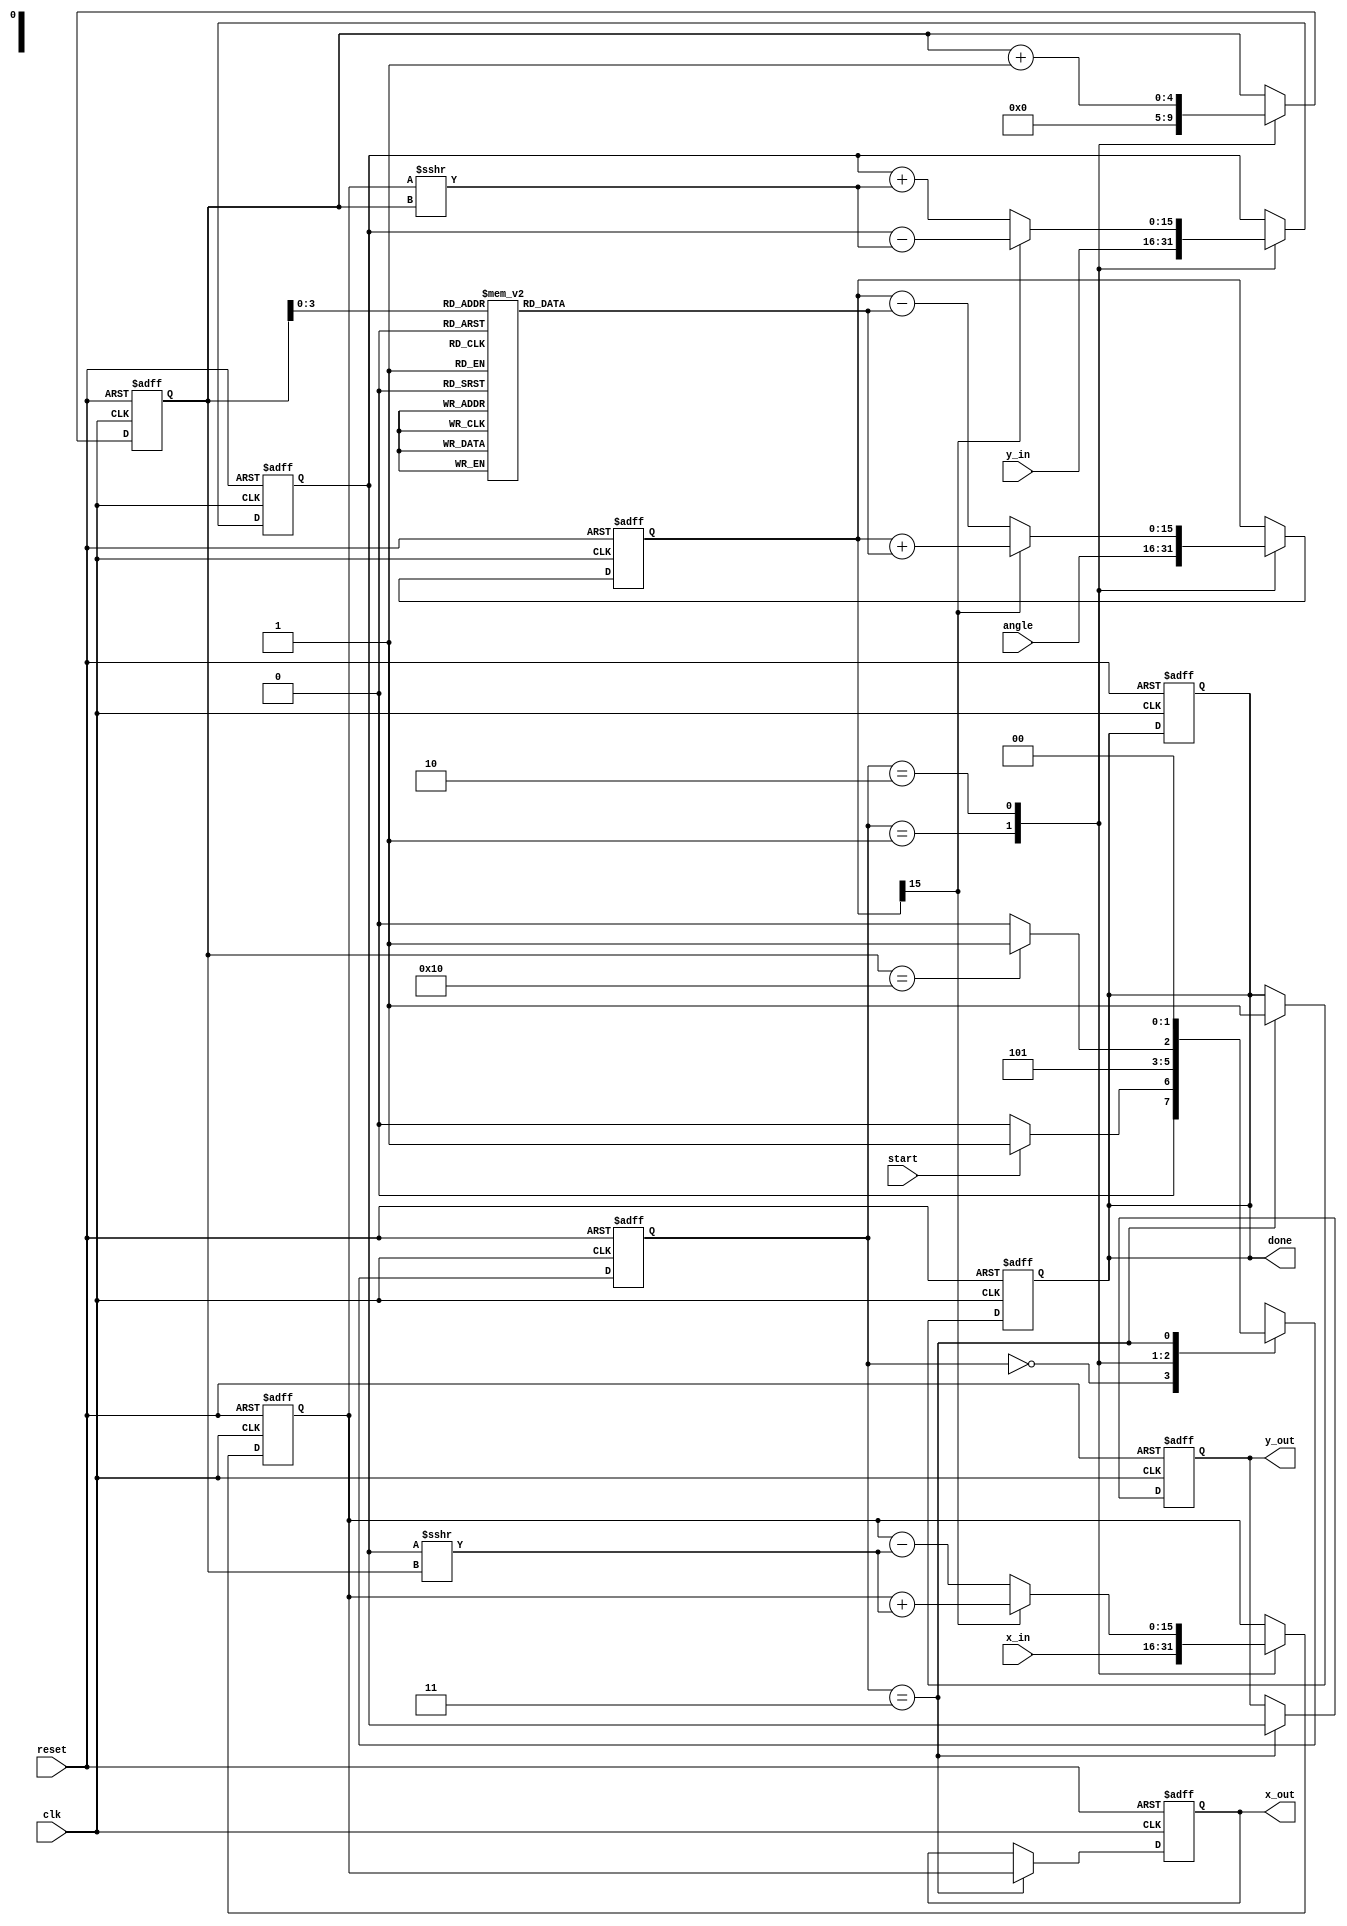
module CORDIC_Rotation #(
    parameter N = 16,                // Number of iterations
    parameter DATA_WIDTH = 16,       // Data width
    parameter ANGLE_WIDTH = DATA_WIDTH // Width for angle values
) (
    input wire clk,
    input wire reset,
    input wire [ANGLE_WIDTH-1:0] angle, // Input angle (fixed-point in radians)
    input wire [DATA_WIDTH-1:0] x_in,   // Initial x vector
    input wire [DATA_WIDTH-1:0] y_in,   // Initial y vector
    input wire start,
    output reg [DATA_WIDTH-1:0] x_out,  // Output x (cosine)
    output reg [DATA_WIDTH-1:0] y_out,  // Output y (sine)
    output reg done                     // Indicates completion
);

    // Internal registers
    reg [ANGLE_WIDTH-1:0] theta;
    reg [DATA_WIDTH-1:0] x_reg, y_reg;
    reg [4:0] iteration;                // Counter for iterations

    // Pre-computed arctangent values (atan(2^-i) for i = 0 to N-1)
    reg [ANGLE_WIDTH-1:0] atan_lut [0:N-1];
    initial begin
        // Initialize the pre-computed arctangent values
        // These values must be scaled for fixed-point representation
        atan_lut[0] = 16'h0000; // atan(1) = 0
        atan_lut[1] = 16'h26DD; // atan(0.5) = pi/6 in fixed-point
        atan_lut[2] = 16'h1C71; // atan(0.25) = pi/12 in fixed-point
        // ... Populate LUT for other values
        atan_lut[3] = 16'h14B5; // atan(0.125) (Example value)
        // Continue filling in the rest of the LUT for your precision
    end

    // Control FSM States
    localparam IDLE = 2'b00, INIT = 2'b01, RUN = 2'b10, DONE = 2'b11;
    reg [1:0] state, next_state;

    // FSM Implementation
    always @(posedge clk or posedge reset) begin
        if (reset) begin
            state <= IDLE;
            done <= 0;
        end else begin
            state <= next_state;
        end
    end

    // State transitions
    always @(*) begin
        case (state)
            IDLE: begin
                if (start) next_state = INIT;
                else next_state = IDLE;
            end
            INIT: next_state = RUN; // Go to RUN state after initialization
            RUN: begin
                if (iteration == N) next_state = DONE;
                else next_state = RUN;
            end
            DONE: next_state = IDLE; // Go back to IDLE after completion
            default: next_state = IDLE;
        endcase
    end

    // Process control
    always @(posedge clk or posedge reset) begin
        if (reset) begin
            x_reg <= 0;
            y_reg <= 0;
            theta <= 0;
            iteration <= 0;
            x_out <= 0;
            y_out <= 0;
            done <= 0;
        end else begin
            case (state)
                INIT: begin
                    // Initialize registers
                    x_reg <= x_in;
                    y_reg <= y_in;
                    theta <= angle;
                    iteration <= 0;
                end
                RUN: begin
                    // CORDIC iterative calculations
                    if (theta[ANGLE_WIDTH-1]) begin // Check if negative
                        // Rotate counter-clockwise
                        x_reg <= x_reg + (y_reg >>> iteration);
                        y_reg <= y_reg - (x_reg >>> iteration);
                        theta <= theta + atan_lut[iteration];
                    end else begin
                        // Rotate clockwise
                        x_reg <= x_reg - (y_reg >>> iteration);
                        y_reg <= y_reg + (x_reg >>> iteration);
                        theta <= theta - atan_lut[iteration];
                    end
                    iteration <= iteration + 1;
                end
                DONE: begin
                    // Output the final results
                    x_out <= x_reg;
                    y_out <= y_reg;
                    done <= 1; // Indicate completion
                end
            endcase
        end
    end

endmodule